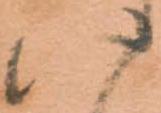
八